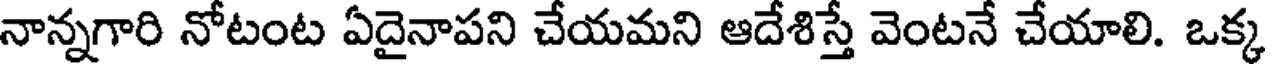
నాన్నగారి నోటంట ఏదైనాపని చేయమని ఆదేశిస్తే వెంటనే చేయాలి. ఒక్క